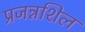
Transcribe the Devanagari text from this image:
प्रजन्नशिल